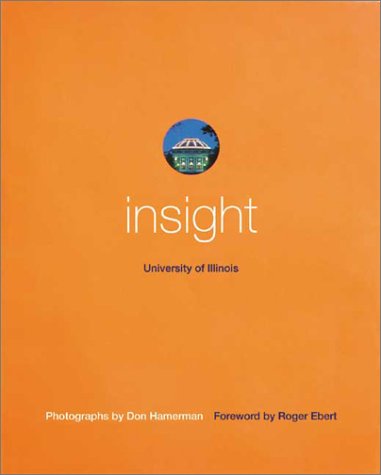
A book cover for Insight: University of Illinois; Roger Ebert; Travel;